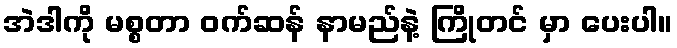
အဲဒါကို မစ္စတာ ဝက်ဆန် နာမည်နဲ့ ကြိုတင် မှာ ပေးပါ။